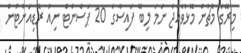
މިރޭގެ މެޗުން މޮޅުވެއްޖެ ނަމަ ލިބޭ ފައިސާގެ 20 ޕަސެންޓް ނިއު ރޭޑިއަންޓުން